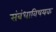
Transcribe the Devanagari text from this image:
संबंधाविषयक